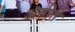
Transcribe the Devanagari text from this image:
अतीते